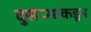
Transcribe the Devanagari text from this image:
दुसर्‍यांकडून